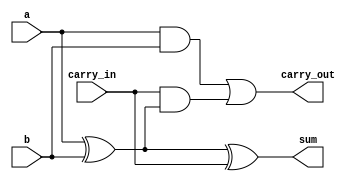
module full_adder_behavioral(
    input a, // always wire
    input b,
    input carry_in,
    // reg because it is used in a always procedure
    output reg sum,
    output reg carry_out
);
    
    // behavioral style
    always @(a or b or carry_in) begin
        sum = a^b^carry_in;
        carry_out = (a&b) | (carry_in & (a^b));
    end

    // 
    // always @(*) begin
        // {carry_out, sum} = a+b+carry_in;
    // end
endmodule